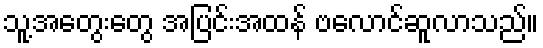
သူ့အတွေးတွေ အပြင်းအထန် ဗလောင်ဆူလာသည်။